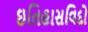
ઇતિહાસવિદો